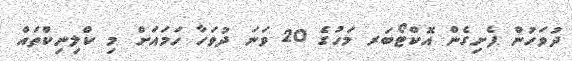
ދުވަހުން ފެށިގެން އޮކްޓޯބަރ މަހުގެ 20 ވަނަ ދުވަހާ ހަމައަށް މި ކްލިނިކްތައް